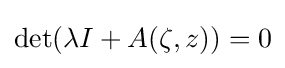
\det(\lambda I+A(\zeta ,z))=0